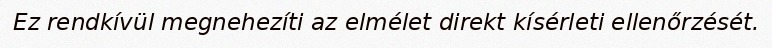
Ez rendkívül megnehezíti az elmélet direkt kísérleti ellenőrzését.